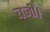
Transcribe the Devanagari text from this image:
बजीं।